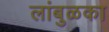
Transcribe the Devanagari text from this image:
लांबुळका